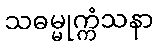
သဓမ္မုက္ကံသနာ